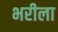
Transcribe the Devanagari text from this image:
भरीला